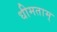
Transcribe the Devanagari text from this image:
धीमताम्